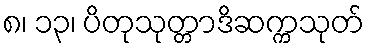
၈၊ ၁၃၊ ပိတုသုတ္တာဒိဆက္ကသုတ်